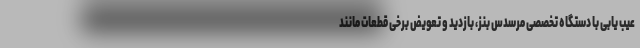
عیب یابی با دستگاه تخصصی مرسدس بنز، بازدید و تعویض برخی قطعات مانند